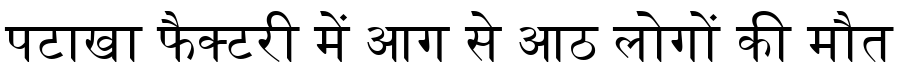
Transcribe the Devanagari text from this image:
पटाखा फैक्टरी में आग से आठ लोगों की मौत